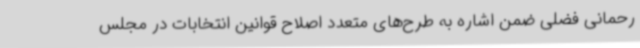
رحمانی فضلی ضمن اشاره به طرح‌های متعدد اصلاح قوانین انتخابات در مجلس